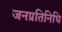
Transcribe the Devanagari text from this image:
जनप्रतिनिघि